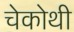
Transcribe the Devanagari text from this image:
चेकोथी